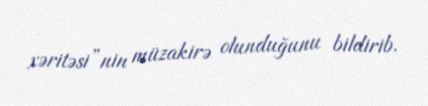
xəritəsi”nin müzakirə olunduğunu bildirib.